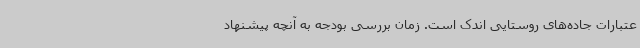
عتبارات جاده‌های روستایی اندک است. زمان بررسی بودجه به آنچه پیشنهاد